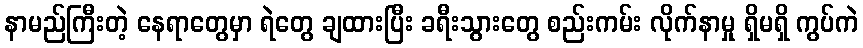
နာမည်ကြီးတဲ့ နေရာတွေမှာ ရဲတွေ ချထားပြီး ခရီးသွားတွေ စည်းကမ်း လိုက်နာမှု ရှိမရှိ ကွပ်ကဲ